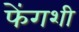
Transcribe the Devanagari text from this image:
फेंगशी